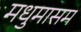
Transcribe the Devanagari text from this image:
मधुमासम